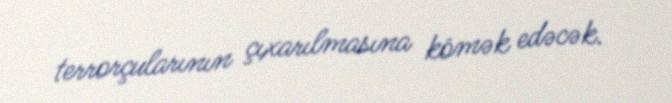
terrorçularının çıxarılmasına kömək edəcək.